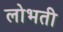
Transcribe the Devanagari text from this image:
लोभती